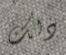
ذلك